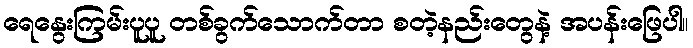
ရေနွေးကြမ်းပူပူ တစ်ခွက်သောက်တာ စတဲ့နည်းတွေနဲ့ အပန်းဖြေပါ။